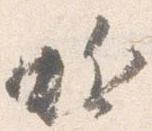
蚯